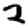
Digit: 2